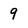
Character: 9